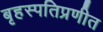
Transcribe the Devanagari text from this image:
बृहस्पतिप्रणीत